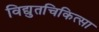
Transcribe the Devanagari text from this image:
विद्युतचिकित्सा